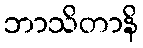
ဘာသိတာနိ